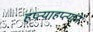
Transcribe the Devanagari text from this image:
हप्त्याहप्त्याने